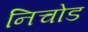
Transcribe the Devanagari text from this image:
निचोड